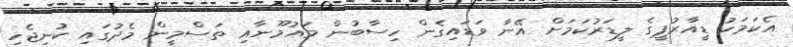
އެކަމަކު ޑީއާރުޕީގެ ލީޑަރުކަމަށް އޭނާ ވަޑައިގެން ހިސާބުން މައުމޫނާއި ތަސްމީން މެދުގައި ކުނިޖެހި